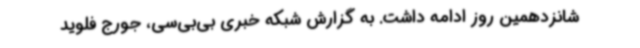
شانزدهمین روز ادامه داشت. به گزارش شبکه خبری بی‌بی‌سی، جورج فلوید